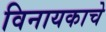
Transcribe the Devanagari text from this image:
विनायकाचे